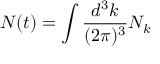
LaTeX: N ( t ) = \int \frac { d ^ { 3 } k } { ( 2 \pi ) ^ { 3 } } N _ { k }